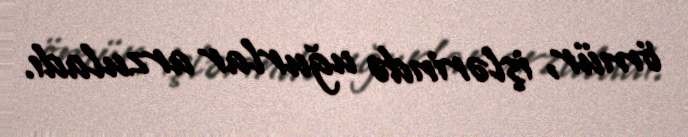
ömür, işlərində uğurlar arzuladı.